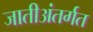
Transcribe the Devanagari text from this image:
जातीअंतर्गत